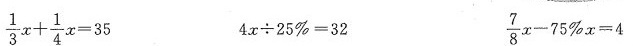
\frac{1}{3}x+\frac{1}{4} x=35 4x\div25%=32 \frac{8}{7}x-75%x=4